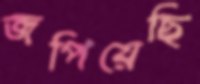
জপিয়েছি